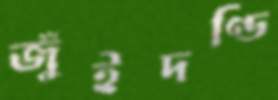
জুঁইদণ্ডি